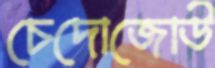
চেদোজোউ